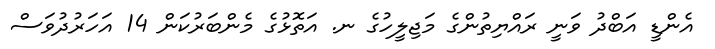
އެންޑީ އަބްދު ވަނީ ރައްޔިތުންގެ މަޖިލީހުގެ ނ. އަތޮޅުގެ މެންބަރުކަން 14 އަހަރުދުވަސް